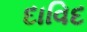
દાવિદ